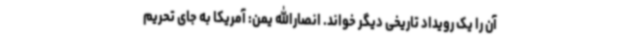
آن را یک رویداد تاریخی دیگر خواند. انصارالله یمن: آمریکا به جای تحریم